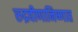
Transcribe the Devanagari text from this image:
रुद्रवीणानिष्णात